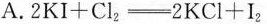
A.$$2 K I + C l _ { 2 } = 2 K C l +I _ { 2 }$$